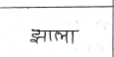
मजकूर: झाला